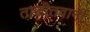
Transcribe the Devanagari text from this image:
ताजीतवानी